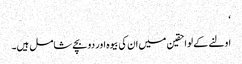
‘
اولنے کے لواحقین میں ان کی بیوہ اور دو بچے شامل ہیں۔